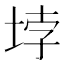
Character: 𡋯